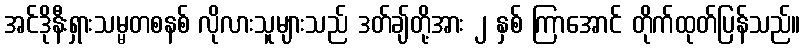
အင်ဒိုနီးရှားသမ္မတစနစ် လိုလားသူများသည် ဒတ်ချ်တို့အား ၂ နှစ် ကြာအောင် တိုက်ထုတ်ပြန်သည်။